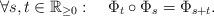
LaTeX: \begin{align*}\forall s,t\in\mathbb{R}_{\geq0}:\quad\Phi_{t}\circ\Phi_{s}=\Phi_{s+t}.\end{align*}